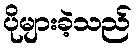
ပိုများခဲ့သည်